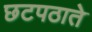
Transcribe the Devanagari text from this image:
छटपठाते